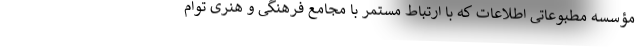
مؤسسه مطبوعاتی اطلاعات که با ارتباط مستمر با مجامع فرهنگی و هنری توام